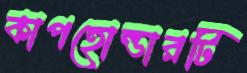
কাপহোল্ডারটি